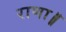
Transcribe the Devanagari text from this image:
राणा॥